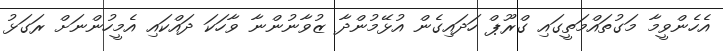
އެހެންވީމާ މަގުތައްމަތީގައި ގްރޫޕް ހަދައިގެން އުޅޭމުންދާ ޒުވާނުންނާ ވާހަކަ ދައްކައި އެމީހުންނަށް ރަގަޅު